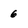
Character: 6